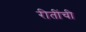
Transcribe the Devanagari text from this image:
रीतींची